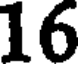
16